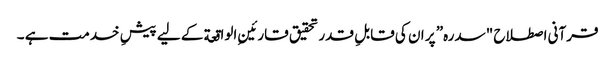
قرآنی اصطلاح "سدرہ” پر ان کی قابلِ قدر تحقیق قارئینِ الواقعة کے لیے پیشِ خدمت ہے ۔